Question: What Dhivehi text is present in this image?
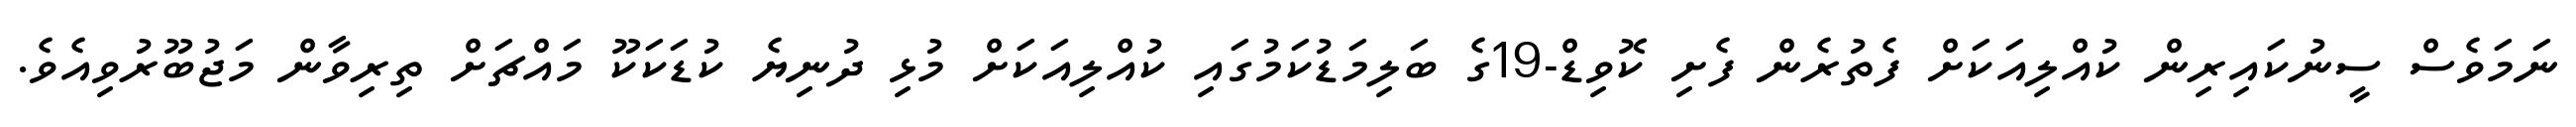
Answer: ނަމަވެސް ސީނުކައިރިން ކުއްލިއަކަށް ފެތުރެން ފެށި ކޮވިޑް-19ގެ ބަލިމަޑުކަމުގައި ކުއްލިއަކަށް މުޅި ދުނިޔެ ކުޑަކަކޫ މައްޗަށް ތިރިވާން މަޖުބޫރުވިއެވެ.